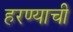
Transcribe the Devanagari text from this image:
हरण्याची